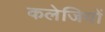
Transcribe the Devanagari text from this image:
कलेजियों